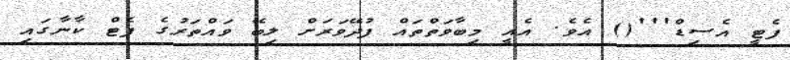
ފެޓީ އެސިޑް'''() އެވެ. އެއީ މިބާވަތްތައް ފުދޭވަރަށް ލިބޭ ވައްތަރުގެ ފެޓް ކާނާގައި